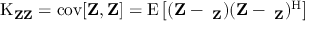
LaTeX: \operatorname { K } _ { \mathbf { Z } \mathbf { Z } } = \operatorname { c o v } [ \mathbf { Z } , \mathbf { Z } ] = \operatorname { E } \left[ ( \mathbf { Z } - \mathbf { \mu _ { Z } } ) ( \mathbf { Z } - \mathbf { \mu _ { Z } } ) ^ { \mathrm { H } } \right]